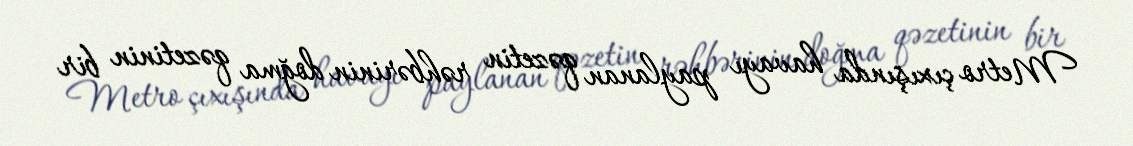
Metro çıxışında havayı paylanan qəzetin rəhbərinin doğma qəzetinin bir